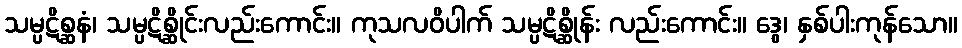
သမ္ပဋိစ္ဆနံ၊ သမ္ပဋိစ္ဆိုင်းလည်းကောင်း။ ကုသလဝိပါက် သမ္ပဋိစ္ဆိုန်း လည်းကောင်း။ ဒွေ၊ နှစ်ပါးကုန်သော။